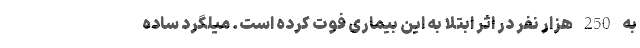
به 250 هزار نفر در اثر ابتلا به این بیماری فوت کرده است. میلگرد ساده